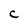
Character: C